Annual report on the Civil Veterinary Department, Burma (including the Insein Veterinary School) - 1923-1931
Year: 1923
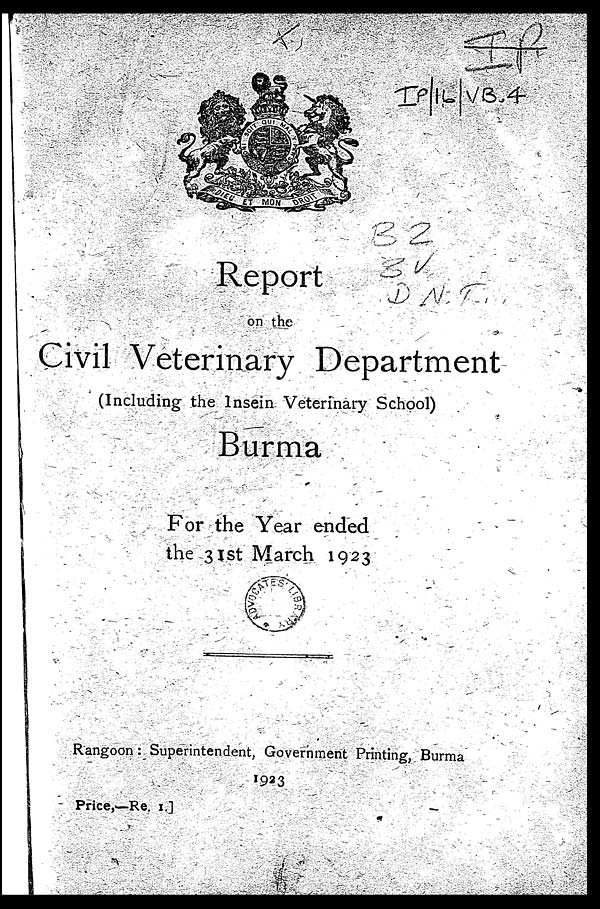
Report
on the
Civil Veterinary Department
(Including the Insein Veterinary School)
Burma
For the Year ended
the 31st March 1923
Rangoon : Superintendent, Government Printing, Burma
1923
Price,—Re. 1.]